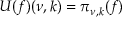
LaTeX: U ( f ) ( \nu , k ) = \pi _ { \nu , k } ( f )